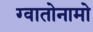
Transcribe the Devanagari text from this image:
ग्वातोनामो